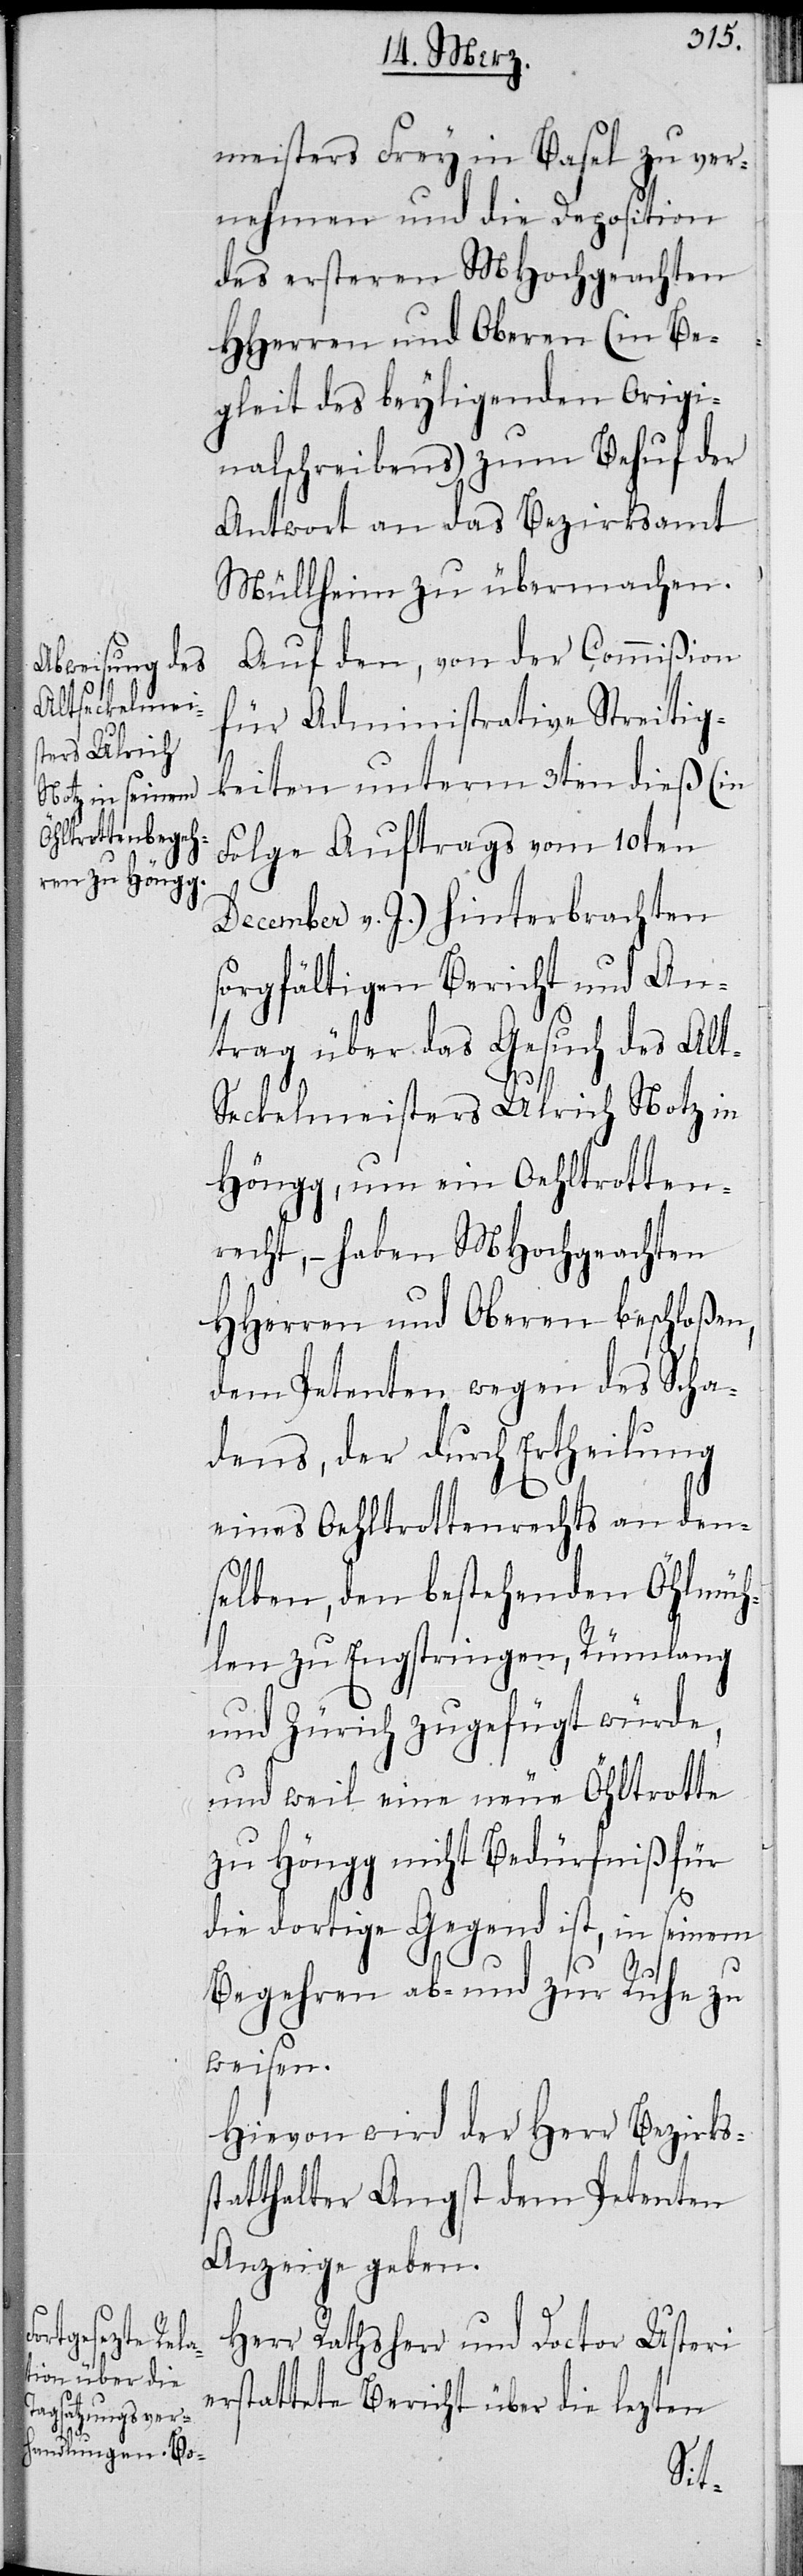
meisters Frey in Basel zu ver¬
nehmen und die Deposition
des ersteren MHochgeachten
HHerren und Oberen (im Be¬
gleit des beyliegenden Origi¬
nalschreibens) zum Behuf der
Antwort an das Bezirksamt
Müllheim zu übermachen.
Auf den, von der Commißion
für Administrative Streitig¬
keiten unterm 3ten dieß (in
Folge Auftrags vom 10ten
December v. J.) hinterbrachten
sorgfältigen Bericht und An¬
trag über das Gesuch des Al¬
eckelmeisters Ulrich Notz in
Höngg, um ein Oehltrotten¬
recht, – haben MHochgeachten
HHerren und Oberen beschloßen,
dem Petenten wegen des Scha¬
dens, der durch Ertheilung
eines Oehltrottenrechts an den¬
selben, den bestehenden Öhlmüh¬
len zu Engstringen, Rümlang
und Zürich zugefügt würde,
und weil eine neue Öhltrotte
zu Höngg nicht Bedürfniß für
t-S¬
die dortige Gegend ist, in seinem
Begehren ab- und zur Ruhe zu
weisen.
Hievon wird der Herr Bezirks¬
statthalter Angst dem Petenten
Anzeige geben.
Herr Rathsherr und Doctor Usteri
erstattete Bericht über die lezten